Kloostri_vallavalitsus, lk 8
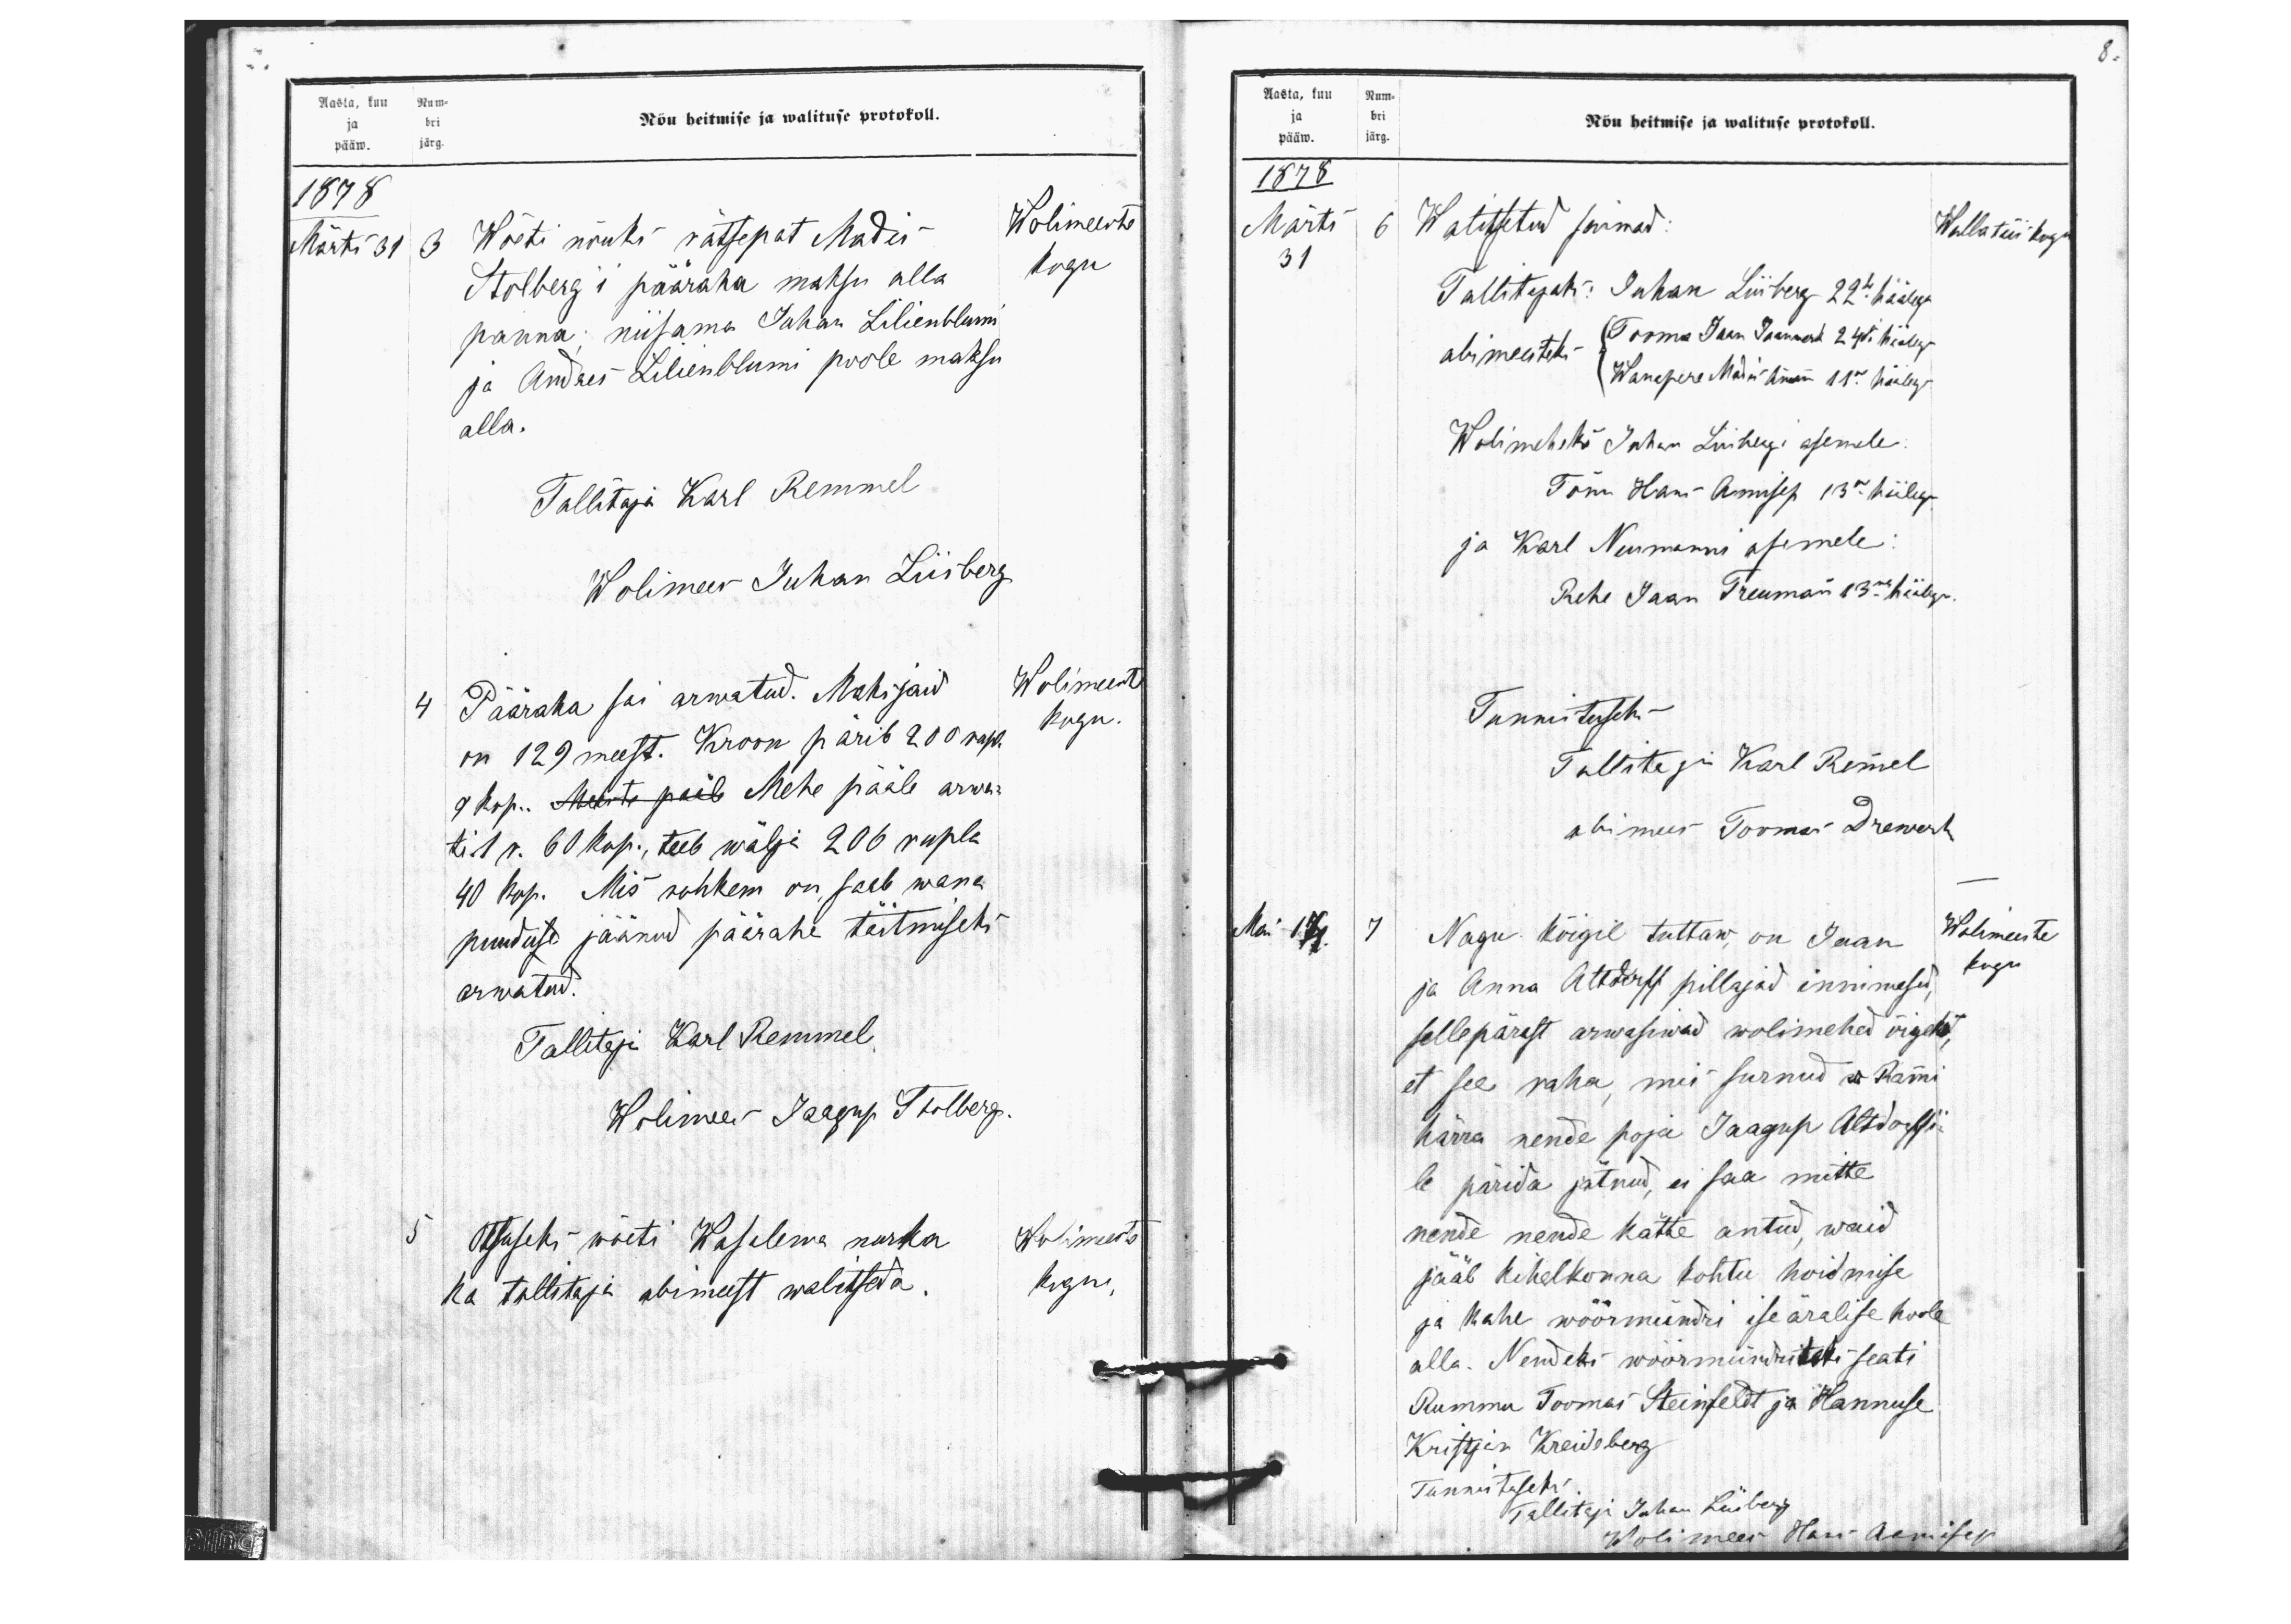
Aasta, kuu Num-
Nõu heitmise ja walituse protokoll.
ja bri
pääw. järg
1878
Wolimeeste
Märts 31
3 Wõeti nõuks rätsepat Madis
Stolberg'i pääraha maksu alla
panna niisama Juhan Lilienblumi
ja Andres Lilienblumi poole maksu
alla.
Tallitaja Karl Remmel
Wolimees Juhan Liisberg
4 Pääraha sai arwatud. Maksjaid
on 129 meest. Kroon pärib 200 rupl.
9 kop. Mehe pääle arwa
ti 1 r. 60 kop., teeb wälja 206 rupla
40 kop. Mis rohkem on saab wana
puudu jäänud päärahe täitmiseks
arwatud.
Tallitaja Karl Remmel
Wolimees Jaagup Thalberg.
5 Otsuseks wõeti Waselema nurka
ka tallitaja abimeest walitseda.
kogu
Wolimeeste
kogu.
Wolimeeste
kogu

8.
Aasta, kuu Num-
ja bri
Nõu heitmise ja walituse protokoll.
pääw. järg.
1878
Märts
6 Walitsetud saawad:
Walla täis kogu
31
Tallitajaks: Juhan Liisberg 22 häälega
abimeesteks
Tooma Jaan Jaanwerk 24 häälega
Wanapere Madis Ammann 11 häälega
Wolimeheks Juhan Liisbergi asemele
Tõnu Hans Aamisep 13 häälega
ja Karl Neumanni asemele.
Rehe Jaan Treumann 13 häälega.
Tunnituseks
Tallategi Karl Remmel
abimees Toomas Drewert
Mai 17
7 Nagu kõigil tuttaw, on Jaan
ja Anna Altdorff pillajad innimesed
Wolimeeste
sellepärast arwasiwad wolimehed õigeks
et see raha, mis surnud w Rammi
härra nende poja Jaagup Altdorffi
le pärida jätnud, ei saa mitte
kogu
nende nende kätte antud, waid
jääb kihelkonna kohtu hoidmise
ja kahe wöörmündri iseäralise hoole
alla. Nendeks woormündriteks seati
Rummu Toomas Steinfeldt ja Hannuse
Kristjan Kreideberg
Tunnistuseks
Tallitaja Juhan Liisberg
Wolimees Hans Aamisep